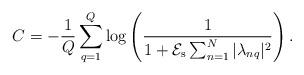
LaTeX: \begin{align*}C=-\frac{1}{Q}\sum_{q=1}^Q\log\left(\frac{1}{1+\mathcal{E}_{\mathrm{s}}\sum_{n=1}^N|\lambda_{nq}|^2}\right).\end{align*}